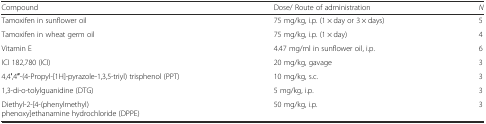
<table><thead><tr><td><b>Compound</b></td><td><b>Dose/ Route of administration</b></td><td><b><i>N</i></b></td></tr></thead><tbody><tr><td>Tamoxifen in sunflower oil</td><td>75 mg/kg, i.p. (1 × day or 3 × days)</td><td>5</td></tr><tr><td>Tamoxifen in wheat germ oil</td><td>75 mg/kg, i.p. (1 × day)</td><td>4</td></tr><tr><td>Vitamin E</td><td>4.47 mg/ml in sunflower oil, i.p.</td><td>6</td></tr><tr><td>ICI 182,780 (ICI)</td><td>20 mg/kg, gavage</td><td>3</td></tr><tr><td>4,4′,4′′-(4-Propyl-[1H]-pyrazole-1,3,5-triyl) trisphenol (PPT)</td><td>10 mg/kg, s.c.</td><td>3</td></tr><tr><td>1,3-di-o-tolylguanidine (DTG)</td><td>5 mg/kg, i.p.</td><td>3</td></tr><tr><td>Diethyl-2-[4-(phenylmethyl) phenoxy]ethanamine hydrochloride (DPPE)</td><td>50 mg/kg, i.p.</td><td>3</td></tr></tbody></table>